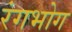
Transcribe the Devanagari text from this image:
रंगभोग